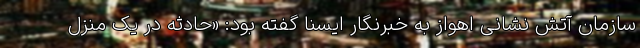
سازمان آتش نشانی اهواز به خبرنگار ایسنا گفته بود: «حادثه در یک منزل